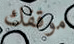
موقفك